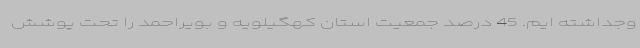
وجداشته ایم. 45 درصد جمعیت استان کهگیلویه و بویراحمد را تحت پوشش